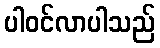
ပါဝင်လာပါသည်